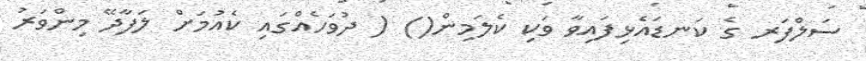
ސަލްފަރ ގެ ކަނޑައެޅިފައިވާ ވަކި ކެލަމިން() ( ދުވަހެއްގައި ކެއުމަށް ލަފާދޭ މިންވަރު